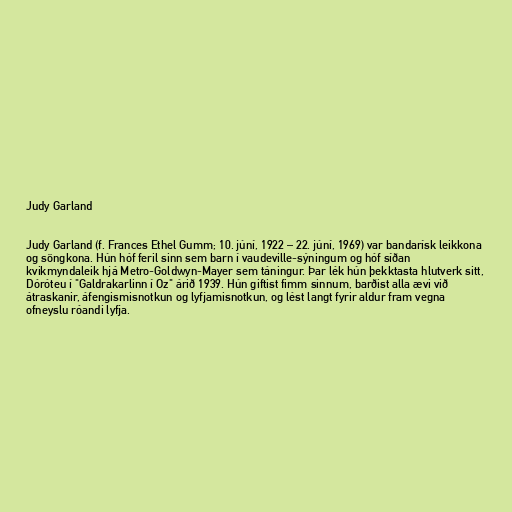
Judy Garland

Judy Garland (f. Frances Ethel Gumm; 10. júní, 1922 – 22. júní, 1969) var bandarísk leikkona
og söngkona. Hún hóf feril sinn sem barn í vaudeville-sýningum og hóf síðan
kvikmyndaleik hjá Metro-Goldwyn-Mayer sem táningur. Þar lék hún þekktasta hlutverk sitt,
Dóróteu í "Galdrakarlinn í Oz" árið 1939. Hún giftist fimm sinnum, barðist alla ævi við
átraskanir, áfengismisnotkun og lyfjamisnotkun, og lést langt fyrir aldur fram vegna
ofneyslu róandi lyfja.